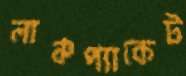
লাঞ্চপ্যাকেট